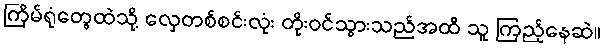
ကြိမ်ရုံတွေထဲသို့ လှေတစ်စင်းလုံး တိုးဝင်သွားသည်အထိ သူ ကြည့်နေဆဲ။